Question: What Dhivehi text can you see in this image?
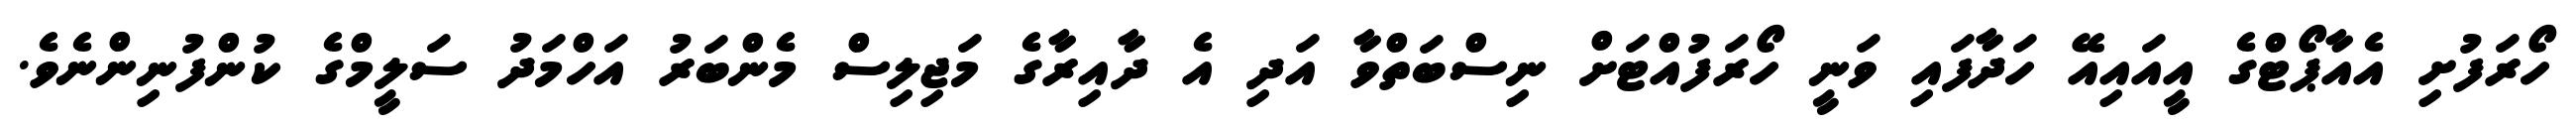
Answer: ހޯރަފުށި އެއާޕޯޓްގެ އީއައިއޭ ހަދާފައި ވަނީ ހޯރަފުއްޓަށް ނިސްބަތްވާ އަދި އެ ދާއިރާގެ މަޖިލިސް މެންބަރު އަހްމަދު ސަލީމްގެ ކުންފުނިންނެވެ.